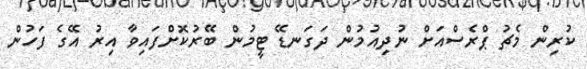
ކުރިން މެޗު ޕްރެސްއަށް ނުދިއުމުން ދަގަނޑޭ ޓީމުން ބޭރުކޮށްފައިވާ އިރު އޭގެ ފަހުން